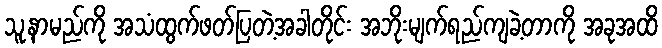
သူ့နာမည်ကို အသံထွက်ဖတ်ပြတဲ့အခါတိုင်း အဘိုးမျက်ရည်ကျခဲ့တာကို အခုအထိ